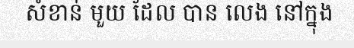
សំខាន់ មួយ ដែល បាន លេង នៅក្នុង